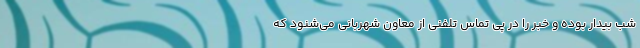
شب بیدار بوده و خبر را در پی تماس تلفنی از معاون شهربانی می‌شنود که